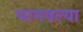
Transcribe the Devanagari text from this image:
भागवल्या